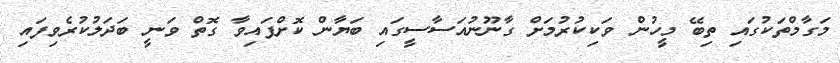
މަގާމްތަކުގައި ތިބޭ މީހުން ވަކިކުރުމަށް ގާނޫނުއަސާސީގައި ބަޔާން ކޮށްފައިވާ ގޮތް ވަނީ ބަދަލުކުރެވިފައި